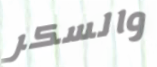
والسكر